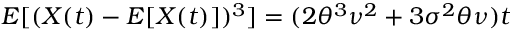
E [ ( X ( t ) - E [ X ( t ) ] ) ^ { 3 } ] = ( 2 \theta ^ { 3 } \nu ^ { 2 } + 3 \sigma ^ { 2 } \theta \nu ) t